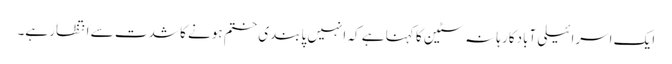
ایک اسرائیلی آبادکار ہانہ سٹین کا کہنا ہے کہ انہیں پابندی ختم ہونے کا شدت سے انتظار ہے۔